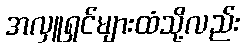
အလှူရှင်များထံသို့လည်း